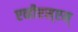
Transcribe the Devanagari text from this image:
एव्हीएस्एम्